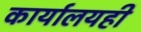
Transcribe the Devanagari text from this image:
कार्यालयही